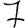
Digit: 7